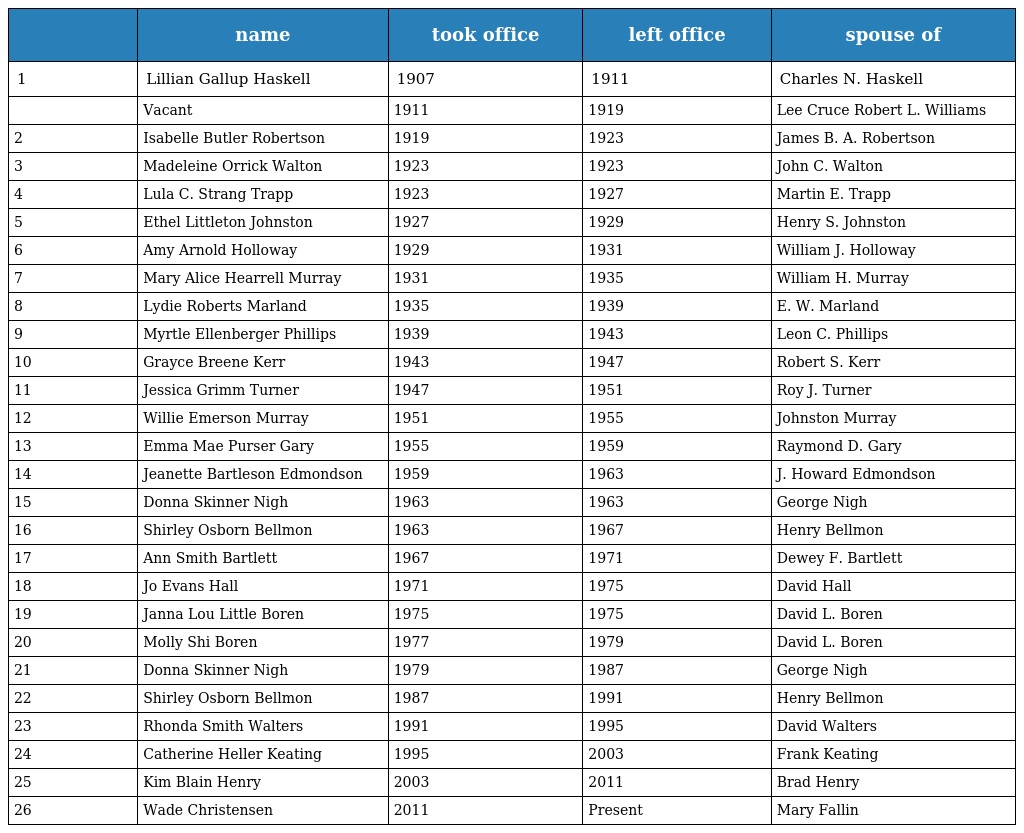
|  | name | took office | left office | spouse of |
 | --- | --- | --- | --- | --- |
 | 1 | Lillian Gallup Haskell | 1907 | 1911 | Charles N. Haskell |
 |  | Vacant | 1911 | 1919 | Lee Cruce Robert L. Williams |
 | 2 | Isabelle Butler Robertson | 1919 | 1923 | James B. A. Robertson |
 | 3 | Madeleine Orrick Walton | 1923 | 1923 | John C. Walton |
 | 4 | Lula C. Strang Trapp | 1923 | 1927 | Martin E. Trapp |
 | 5 | Ethel Littleton Johnston | 1927 | 1929 | Henry S. Johnston |
 | 6 | Amy Arnold Holloway | 1929 | 1931 | William J. Holloway |
 | 7 | Mary Alice Hearrell Murray | 1931 | 1935 | William H. Murray |
 | 8 | Lydie Roberts Marland | 1935 | 1939 | E. W. Marland |
 | 9 | Myrtle Ellenberger Phillips | 1939 | 1943 | Leon C. Phillips |
 | 10 | Grayce Breene Kerr | 1943 | 1947 | Robert S. Kerr |
 | 11 | Jessica Grimm Turner | 1947 | 1951 | Roy J. Turner |
 | 12 | Willie Emerson Murray | 1951 | 1955 | Johnston Murray |
 | 13 | Emma Mae Purser Gary | 1955 | 1959 | Raymond D. Gary |
 | 14 | Jeanette Bartleson Edmondson | 1959 | 1963 | J. Howard Edmondson |
 | 15 | Donna Skinner Nigh | 1963 | 1963 | George Nigh |
 | 16 | Shirley Osborn Bellmon | 1963 | 1967 | Henry Bellmon |
 | 17 | Ann Smith Bartlett | 1967 | 1971 | Dewey F. Bartlett |
 | 18 | Jo Evans Hall | 1971 | 1975 | David Hall |
 | 19 | Janna Lou Little Boren | 1975 | 1975 | David L. Boren |
 | 20 | Molly Shi Boren | 1977 | 1979 | David L. Boren |
 | 21 | Donna Skinner Nigh | 1979 | 1987 | George Nigh |
 | 22 | Shirley Osborn Bellmon | 1987 | 1991 | Henry Bellmon |
 | 23 | Rhonda Smith Walters | 1991 | 1995 | David Walters |
 | 24 | Catherine Heller Keating | 1995 | 2003 | Frank Keating |
 | 25 | Kim Blain Henry | 2003 | 2011 | Brad Henry |
 | 26 | Wade Christensen | 2011 | Present | Mary Fallin |